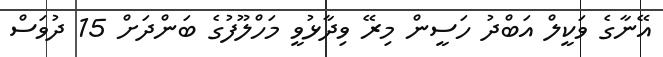
އޭނާގެ ވަކީލް އަބްދު ހަސީން މިރޭ ވިދާޅުވީ މަހްލޫފުގެ ބަންދަށް 15 ދުވަސް